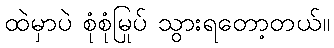
ထဲမှာပဲ စုံစုံမြုပ် သွားရတော့တယ်။